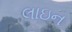
લાઇન